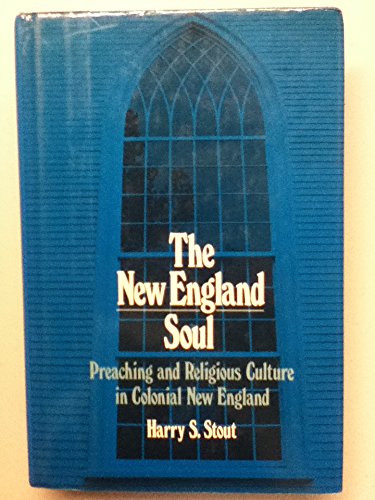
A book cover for The New England Soul: Preaching and Religious Culture in Colonial New England; Harry S. Stout; Religion & Spirituality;